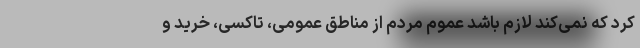
کرد که نمی‌کند لازم باشد عموم مردم از مناطق عمومی، تاکسی، خرید و